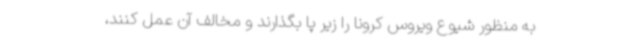
به منظور شیوع ویروس کرونا را زیر پا بگذارند و مخالف آن عمل کنند،